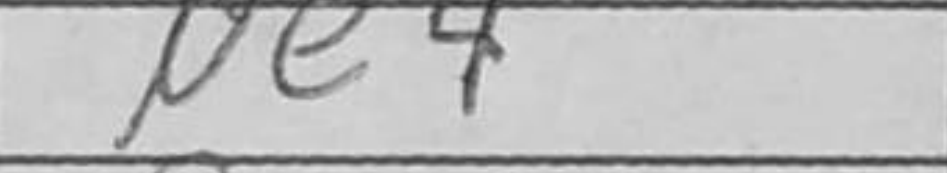
Transcription: Ne4